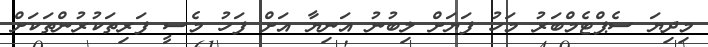
މިދިޔަ ސެޕްޓެމްބަރު މަހު ފަޔަށް ލިބުނު އަނިޔާ އަށް ފަހު މެސީ ފަރިތަކުރުންތަކަށް